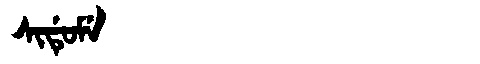
Manchu: ᠰᡳᡩᡠᠮᡝ
Romanization: SIDUME